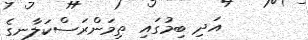
އަދި ބިމުގައި ތިމަންރަސްކަލާނގެ